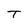
Character: T